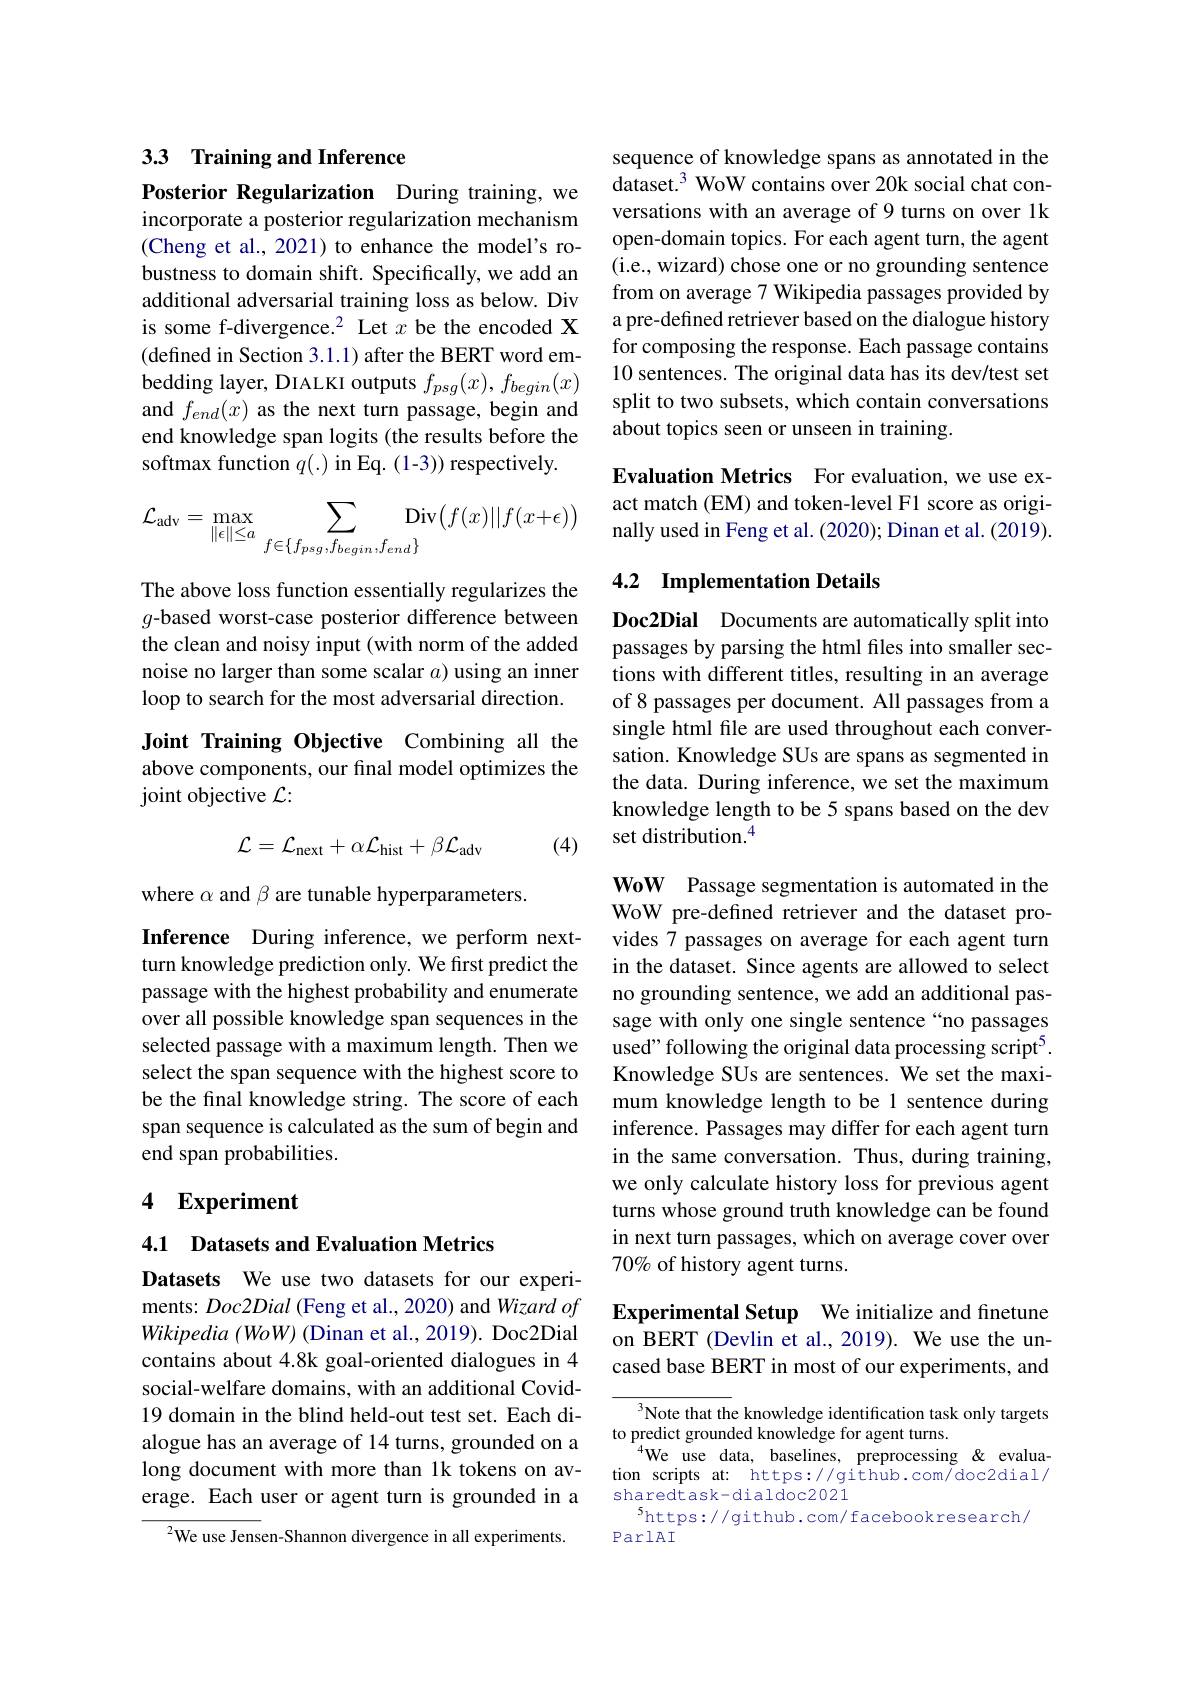
## 33 Training and Inference

Posterior Regularization During training, we incorporate a posterior regularization mechanism (Cheng et al., 2021) to enhance the model's robustness to domain shift. Specifically, we add an additional adversarial training loss as below. Div is some f-divergence.$^2$ Let $x$ be the encoded X (defined in Section 3.1.1) after the BERT word embedding layer, DIALKI outputs $f_{psg}(x),f_{begin}(x)$ and $f_{end}(x)$ as the next turn passage, begin and end knowledge span logits (the results before the softmax function $q(.)$ in Eq.(1-3)) respectively.
$$\mathcal{L}_{\mathrm{adv}}=\max_{\|\epsilon\|\leq a}\sum_{f\in\{f_{psg},f_{begin},f_{end}\}}\mathrm{Div}\big(f(x)||f(x+\epsilon)\big)$$
The above loss function essentially regularizes the g-based worst-case posterior difference between the clean and noisy input (with norm of the added noise no larger than some scalar $a$ using an inner loop to search for the most adversarial direction.

Joint Training Objective Combining all the above components, our final model optimizes the joint objective $\mathcal{L}:$
$$\mathcal{L}=\mathcal{L}_{\mathrm{next}}+\alpha\mathcal{L}_{\mathrm{hist}}+\beta\mathcal{L}_{\mathrm{adv}}$$
(4)

where $\alpha$ and $\beta$ are tunable hyperparameters.

Inference During inference, we perform nextturn knowledge prediction only. We first predict the passage with the highest probability and enumerate over all possible knowledge span sequences in the selected passage with a maximum length. Then we select the span sequence with the highest score to be the final knowledge string. The score of each span sequence is calculated as the sum of begin and end span probabilities.

# 4 Experiment

4.1 Datasets and Evaluation Metrics

Datasets We use two datasets for our experiments: Doc2Dial (Feng et al., 2020) and Wizard of Wikipedia $( WoW)$ (Dinan et al., 2019). Doc2Dial contains about 4.8k goal-oriented dialogues in 4 social-welfare domains, with an additional Covid- 19 domain in the blind held-out test set. Each dialogue has an average of 14 turns, grounded on a long document with more than 1k tokens on average. Each user or agent turn is grounded in a

$^{2}$We use Jensen-Shannon divergence in all experiments

sequence of knowledge spans as annotated in the $dataset.^3$ WoW contains over 20k social chat conversations with an average of 9 turns on over 1k open-domain topics. For each agent turn, the agent (i.e., wizard) chose one or no grounding sentence from on average 7 Wikipedia passages provided by a pre-defined retriever based on the dialogue history for composing the response. Each passage contains 10 sentences. The original data has its dev/test set split to two subsets, which contain conversations about topics seen or unseen in training.

Evaluation Metrics For evaluation, we use exact match (EM) and token-level F1 score as originally used in Feng et al. (2020); Dinan et al. (2019).

## 4.2 Implementation Details

Doc2Dial Documents are automatically split into passages by parsing the html files into smaller sections with different titles, resulting in an average of 8 passages per document. All passages from a single html file are used throughout each conversation. Knowledge SUs are spans as segmented in the data. During inference, we set the maximum knowledge length to be 5 spans based on the dev set distribution.$^{4}$

WoW Passage segmentation is automated in the WoW pre-defined retriever and the dataset provides 7 passages on average for each agent turn in the dataset. Since agents are allowed to select no grounding sentence, we add an additional passage with only one single sentence“no passages used" following the original data processing script$^{5}.$ Knowledge SUs are sentences. We set the maximum knowledge length to be 1 sentence during inference. Passages may differ for each agent turn in the same conversation. Thus, during training, we only calculate history loss for previous agent turns whose ground truth knowledge can be found in next turn passages, which on average cover over 70% of history agent turns.

Experimental Setup We initialize and finetune on BERT (Devlin et al., 2019). We use the uncased base BERT in most of our experiments, and

Note that the knowledge identification task only targets
to predict grounded knowledge for agent turns.
$^{4}$We use data, baselines, preprocessing&evaluation scripts at: https://github.com/doc2dial/ sharedtask-dialdoc2021
$^{5}$https://github.com/facebookresearch/
ParlAI